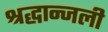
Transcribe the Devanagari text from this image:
श्रद्धान्जली